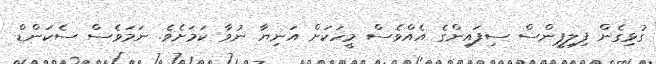
ގުޅިގެން ފިލިޕީންސް ސިފައިންގެ އެއްވެސް މީހަކަށް އަނިޔާ ނުވާ ކަމަށެވެ. ނަމަވެސް ސެކަންޑް